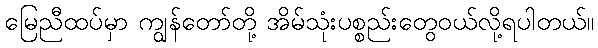
မြေညီထပ်မှာ ကျွန်တော်တို့ အိမ်သုံးပစ္စည်းတွေဝယ်လို့ရပါတယ်။